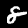
Label: 8